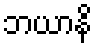
ဘယာနိ